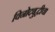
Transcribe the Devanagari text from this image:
विनोदबुद्धीचा